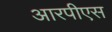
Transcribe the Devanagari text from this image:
आरपीएस